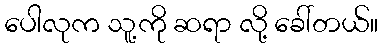
ပေါလုက သူ့ကို ဆရာ လို့ ခေါ်တယ်။